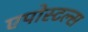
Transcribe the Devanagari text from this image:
एपोस्टल्स